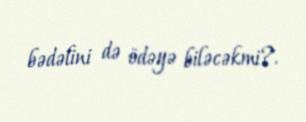
bədəlini də ödəyə biləcəkmi?.